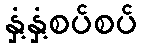
နှံ့နှံ့စပ်စပ်